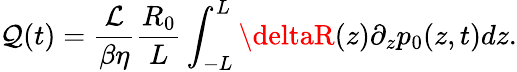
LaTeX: \mathcal{Q}(t)=\frac{{\mathcal{{L}}}}{{\beta\eta}}\frac{{R_{0}}}{{L}}\int_{-L}^{L}\deltaR(z)\partial_{z}p_{0}(z,t)dz.